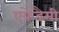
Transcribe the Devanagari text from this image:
एकेडैमी